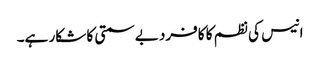
انیس کی نظم کا کافرد بے سمتی کا شکار ہے۔